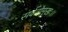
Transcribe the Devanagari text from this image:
सर्वतोमुखः।।